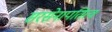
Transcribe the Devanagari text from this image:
सरसेनापतित्व